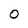
Character: 0